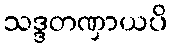
သဒ္ဒတဏှာယပိ